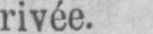
rivée.